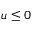
u \leq 0